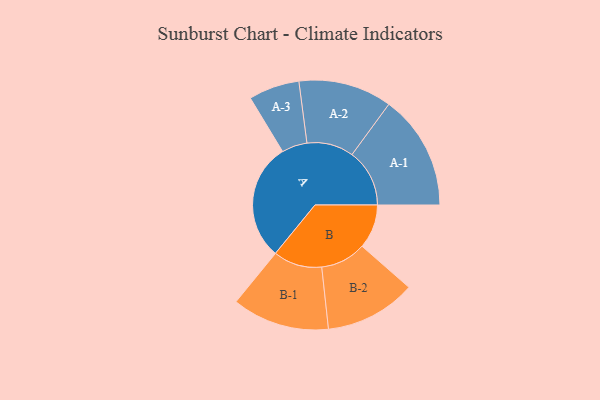
{"axis": {"x": "Segment", "y": "Value"}, "legend": ["", "A", "B"], "data": [{"x": "A", "y": 489, "type": ""}, {"x": "B", "y": 184, "type": ""}, {"x": "A-1", "y": 240, "type": "A"}, {"x": "A-2", "y": 195, "type": "A"}, {"x": "A-3", "y": 106, "type": "A"}, {"x": "B-1", "y": 203, "type": "B"}, {"x": "B-2", "y": 190, "type": "B"}]}